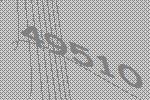
49510